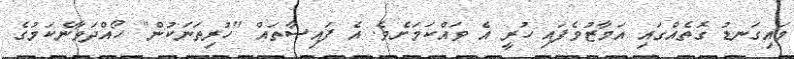
މައިގަނޑު ގޮތެއްގައި އަމާޒުވެފައި ހުރީ އެ ވައްކަމަށެވެ. އެ ފައިސާތައް "ހުރިތަނަކުން" ހޯއްދަވާނެކަމުގެ